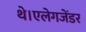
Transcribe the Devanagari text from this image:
थे।एलेगजेंडर